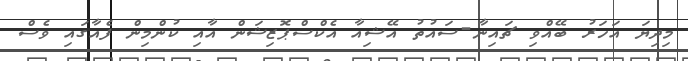
މިދިޔަ އަހަރު ބޭއްވި ޗައިނާ-ސައުތު އޭޝިއާ އެކްސްޕޮޒިޝަން އާއި ކުންމިން ފެއާގައި ވެސް